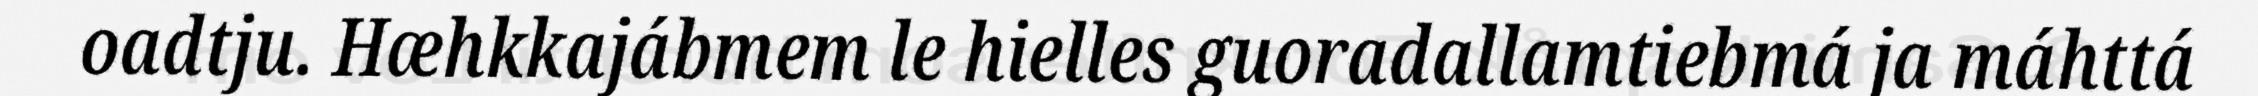
oadtju. Hæhkkajábmem le hielles guoradallamtiebmá ja máhttá